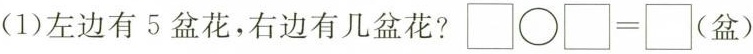
(1)左边有5盆花，右边有几盆花? $$ \square \bigcirc\square =\square（盆）$$